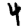
Digit: 4